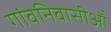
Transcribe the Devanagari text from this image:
गांवनिवासीऒं